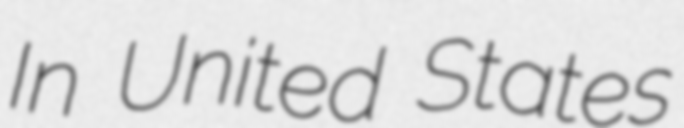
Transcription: In United States